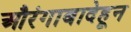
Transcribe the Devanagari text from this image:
औरंगाबादेहून